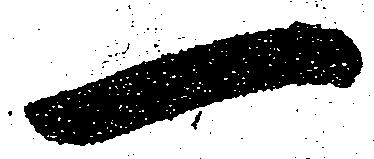
一